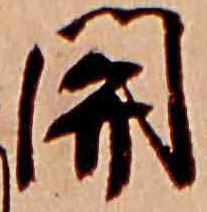
関